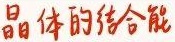
晶体的结合能